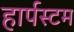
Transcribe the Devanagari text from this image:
हार्पस्टम